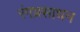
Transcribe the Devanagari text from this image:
रंगप्रसाधन